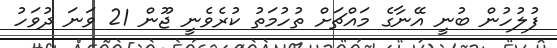
ފުލުހުން ބުނީ އޭނާގެ މައްޗަށް ތުހުމަތު ކުރެވެނީ ޖޫން 21 ވަނަ ދުވަހު